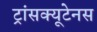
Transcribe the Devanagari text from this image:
ट्रांसक्यूटेनस